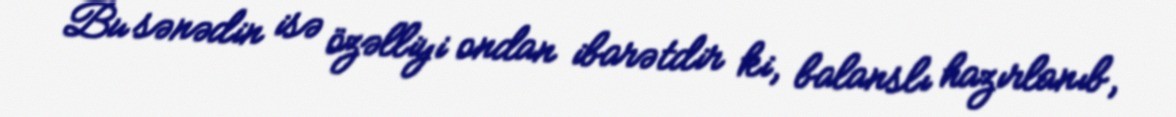
Bu sənədin isə özəlliyi ondan ibarətdir ki, balanslı hazırlanıb,